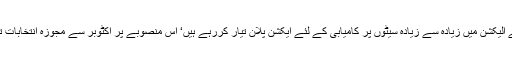
بی جے پی کے ریاستی صدر کے لکشمن نے یہاں پر رپورٹرس سے کہاکہ ’’ ہم 2019کے الیکشن میں زیادہ سے زیادہ سیٹوں پر کامیابی کے لئے ایکشن پلان تیار کررہے ہیں‘ اس منصوبے پر اکٹوبر سے مجوزہ انتخابات تک عمل کیاجائے گا‘ جو بی جے پی کے قومی صدر امیت شاہ کی ہدایت کے مطابق ہوگا‘‘۔